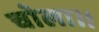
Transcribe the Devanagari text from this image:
चोला।।